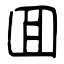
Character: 囬